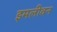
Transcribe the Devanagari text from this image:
इमलीवन